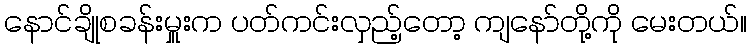
နောင်ချိုစခန်းမှူးက ပတ်ကင်းလှည့်တော့ ကျနော်တို့ကို မေးတယ်။